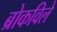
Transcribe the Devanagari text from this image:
ब्रोकविले